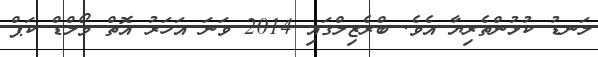
ލަނޑު ކުޅުންތެރިޔާ އެވެ. ބްރެޒިލްގައި 2014 ވަނަ އަހަރު އޮތް ވޯލްޑް ކަޕް